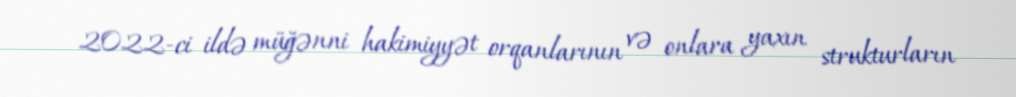
2022-ci ildə müğənni hakimiyyət orqanlarının və onlara yaxın strukturların